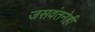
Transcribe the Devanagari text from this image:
जसवंतनेही